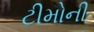
ટીમોની